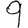
Digit: 9